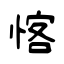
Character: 愘